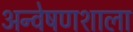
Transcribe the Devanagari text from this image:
अन्वेषणशाला